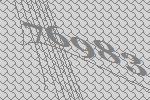
76983